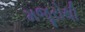
મજૂરોથી